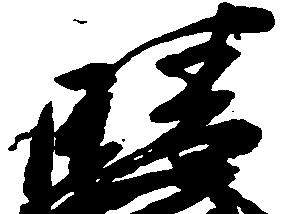
晴